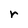
Character: r